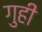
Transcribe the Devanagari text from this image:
गुही